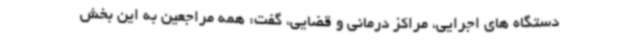
دستگاه های اجرایی، مراکز درمانی و قضایی، گفت: همه مراجعین به این بخش